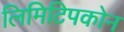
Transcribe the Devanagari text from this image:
लिमिटिपकोन